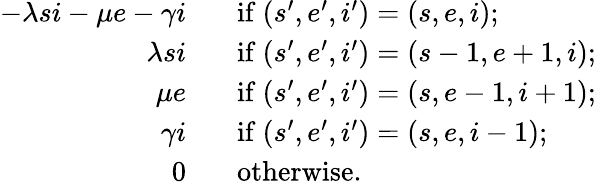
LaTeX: \begin{array}{rl}{-\lambda si-\mu e-\gamma i\; \; }&{\mathrm{~if~}(s^{\prime},e^{\prime},i^{\prime})=(s,e,i);}\\ {\lambda si\; \; }&{\mathrm{~if~}(s^{\prime},e^{\prime},i^{\prime})=(s-1,e+1,i);}\\ {\mu e\; \; }&{\mathrm{~if~}(s^{\prime},e^{\prime},i^{\prime})=(s,e-1,i+1);}\\ {\gamma i\; \; }&{\mathrm{~if~}(s^{\prime},e^{\prime},i^{\prime})=(s,e,i-1);}\\ {0\; \; }&{\mathrm{~otherwise.}}\end{array}